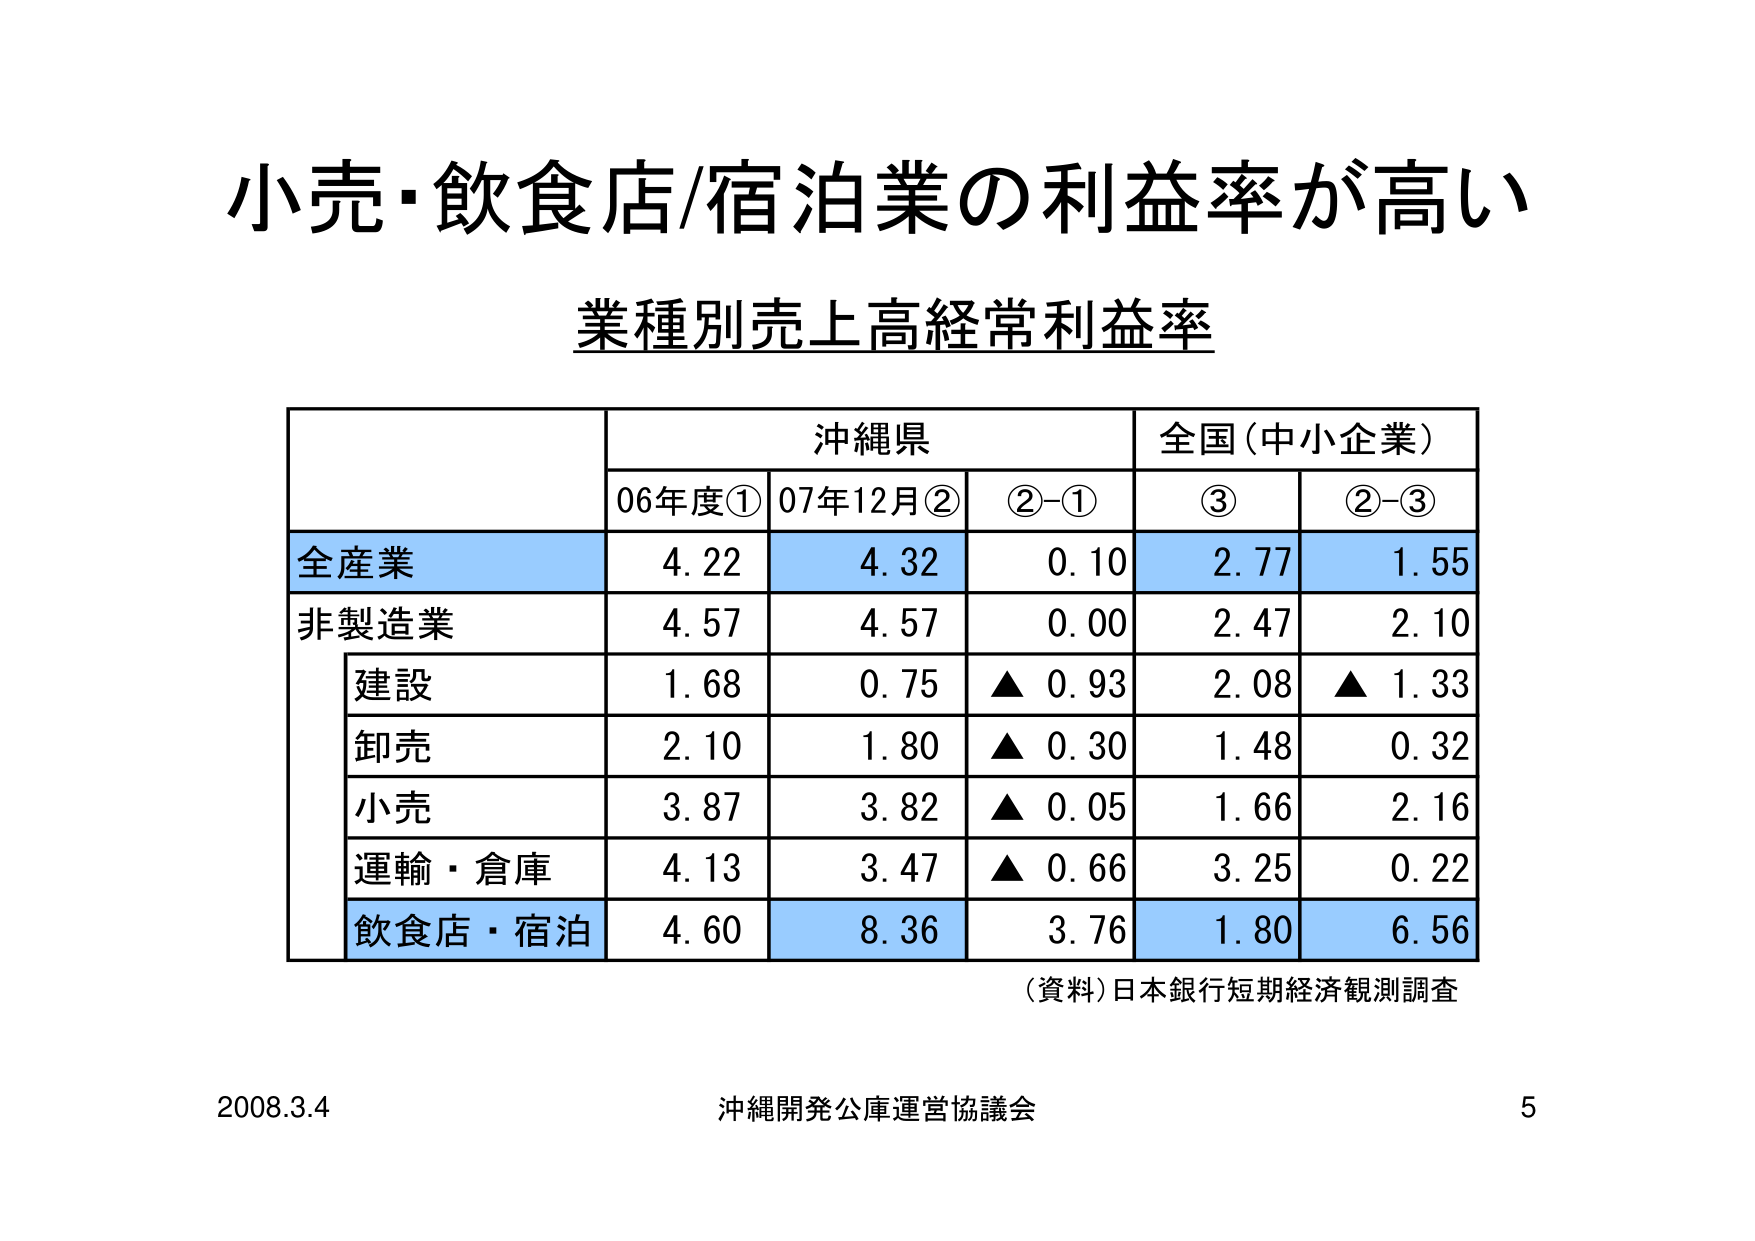
小売・飲食店/宿泊業の利益率が高い
業種別売上高経常利益率

沖縄県
全国（中小企業）
06年度①  07年12月②  ②−①  ③  ②−③

全産業
4.22  4.32  0.10  2.77  1.55

非製造業
4.57  4.57  0.00  2.47  2.10

建設
1.68  0.75  ▲0.93  2.08  ▲1.33

卸売
2.10  1.80  ▲0.30  1.48  0.32

小売
3.87  3.82  ▲0.05  1.66  2.16

運輸・倉庫
4.13  3.47  ▲0.66  3.25  0.22

飲食店・宿泊
4.60  8.36  3.76  1.80  6.56

（資料）日本銀行短期経済観測調査

2008.3.4  沖縄開発公庫運営協議会  5